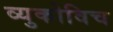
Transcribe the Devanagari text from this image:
व्युकोविच